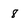
Character: 8